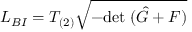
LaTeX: { \cal L } _ { B I } = T _ { ( 2 ) } \sqrt { - \mathrm { d e t } \; ( \hat { G } + { \cal F } ) }